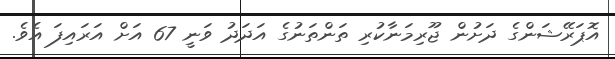
އޮޕަރޭޝަންގެ ދަށުން ޖޫރިމަނާކުރި ތަންތަނުގެ އަދަދު ވަނީ 67 އަށް އަރައިފަ އެވެ.